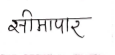
मजकूर: सीमापार